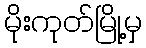
မိုးကုတ်မြို့မှ